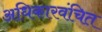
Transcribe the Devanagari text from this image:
अधिकारवंचित